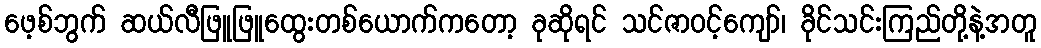
ဖေ့စ်ဘွက် ဆယ်လီဖြူဖြူထွေးတစ်ယောက်ကတော့ ခုဆိုရင် သင်ဇာဝင့်ကျော်၊ ခိုင်သင်းကြည်တို့နဲ့အတူ